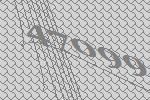
47099